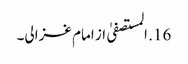
16. المستصفیٰ از امام غزالی۔